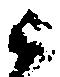
ニ